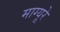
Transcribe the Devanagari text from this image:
माग्यूरे